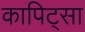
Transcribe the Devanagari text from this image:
कापिट्सा